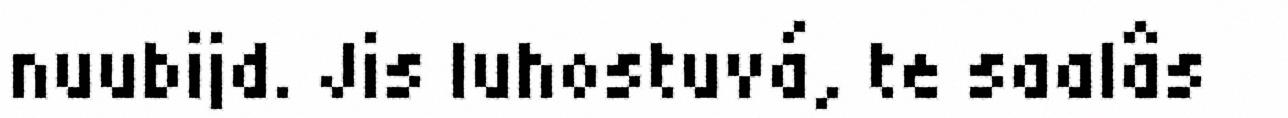
nuubijd. Jis luhostuvá, te saalâs